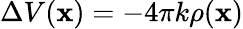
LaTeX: \Delta V(\mathbf{x})=-4\pi k\rho(\mathbf{x})